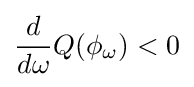
{\frac {d}{d\omega }}Q(\phi _{\omega })<0